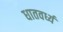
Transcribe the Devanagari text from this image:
धातवर्ध्य